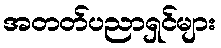
အတတ်ပညာရှင်များ